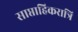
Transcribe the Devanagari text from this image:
साप्ताहिकरात्रि